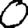
Digit: 0